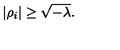
| \rho _ { i } | \geq \sqrt { - \lambda } .